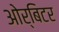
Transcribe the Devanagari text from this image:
ओर्बिटर